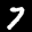
Label: 7